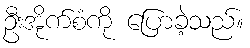
ဦးအိုက်စံကို ပြောခဲ့သည်။